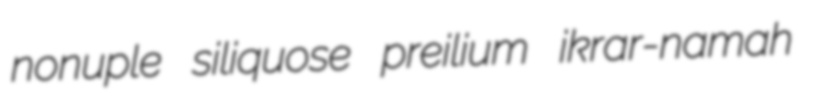
nonuple siliquose preilium ikrar-namah